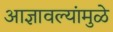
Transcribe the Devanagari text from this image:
आज्ञावल्यांमुळे